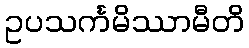
ဥပသင်္ကမိဿာမီတိ